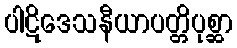
ပါဋိဒေသနီယာပတ္တိပုစ္ဆာ